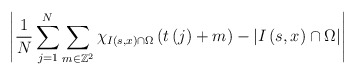
\begin{align*}\left\vert \frac{1}{N}\sum_{j=1}^{N}\sum_{m\in\mathbb{Z}^{2}}\chi_{I\left(s,x\right) \cap\Omega}\left( t\left( j\right) +m\right) -\left\vert I\left( s,x\right) \cap\Omega\right\vert \right\vert\end{align*}